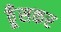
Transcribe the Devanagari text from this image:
ठूँसकर